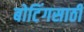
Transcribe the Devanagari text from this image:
बोटिंगसाठी